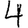
Digit: 4